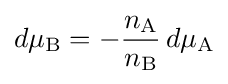
d\mu _{\text{B}}=-{\frac {n_{\text{A}}}{n_{\text{B}}}}\,d\mu _{\text{A}}